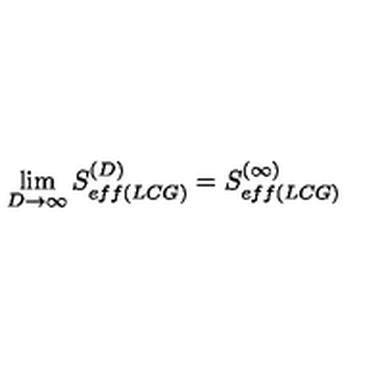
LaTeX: \lim _ { D \rightarrow \infty } S _ { e f f ( L C G ) } ^ { ( D ) } = S _ { e f f ( L C G ) } ^ { ( \infty ) }